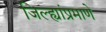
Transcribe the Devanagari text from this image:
जिल्ह्यांप्रमाणे